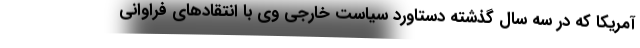
آمریکا که در سه سال گذشته دستاورد سیاست خارجی وی با انتقادهای فراوانی